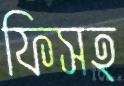
ফিসহ